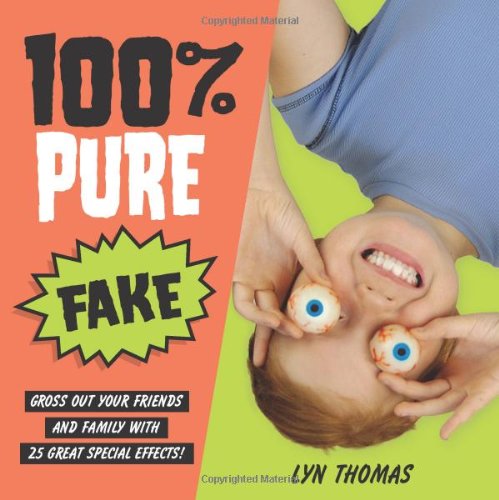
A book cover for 100% Pure Fake: Gross Out Your Friends and Family with 25 Great Special Effects!; Lyn Thomas; Humor & Entertainment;